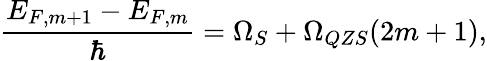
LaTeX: \frac{E_{F,m+1}-E_{F,m}}{\hbar}=\Omega_{S}+\Omega_{QZS}(2m+1),